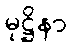
မုဋ္ဌိနာ